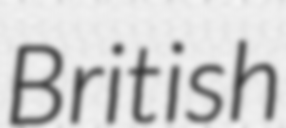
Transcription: British